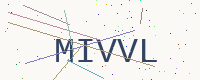
Text: MIVVL